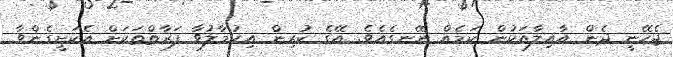
ޖެހޭނީ ދެން އާއިލާއަކުން ކަމެއް ނޭނގެއެވެ. އޭގެ ކުރިން އިހުމާލުވާ ފަރާތްތަކަށް އެކަށީގެންވާ